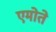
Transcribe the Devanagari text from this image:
एमोते